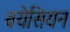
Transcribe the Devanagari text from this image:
बयेसियन